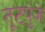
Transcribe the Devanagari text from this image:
तूटपुंजे